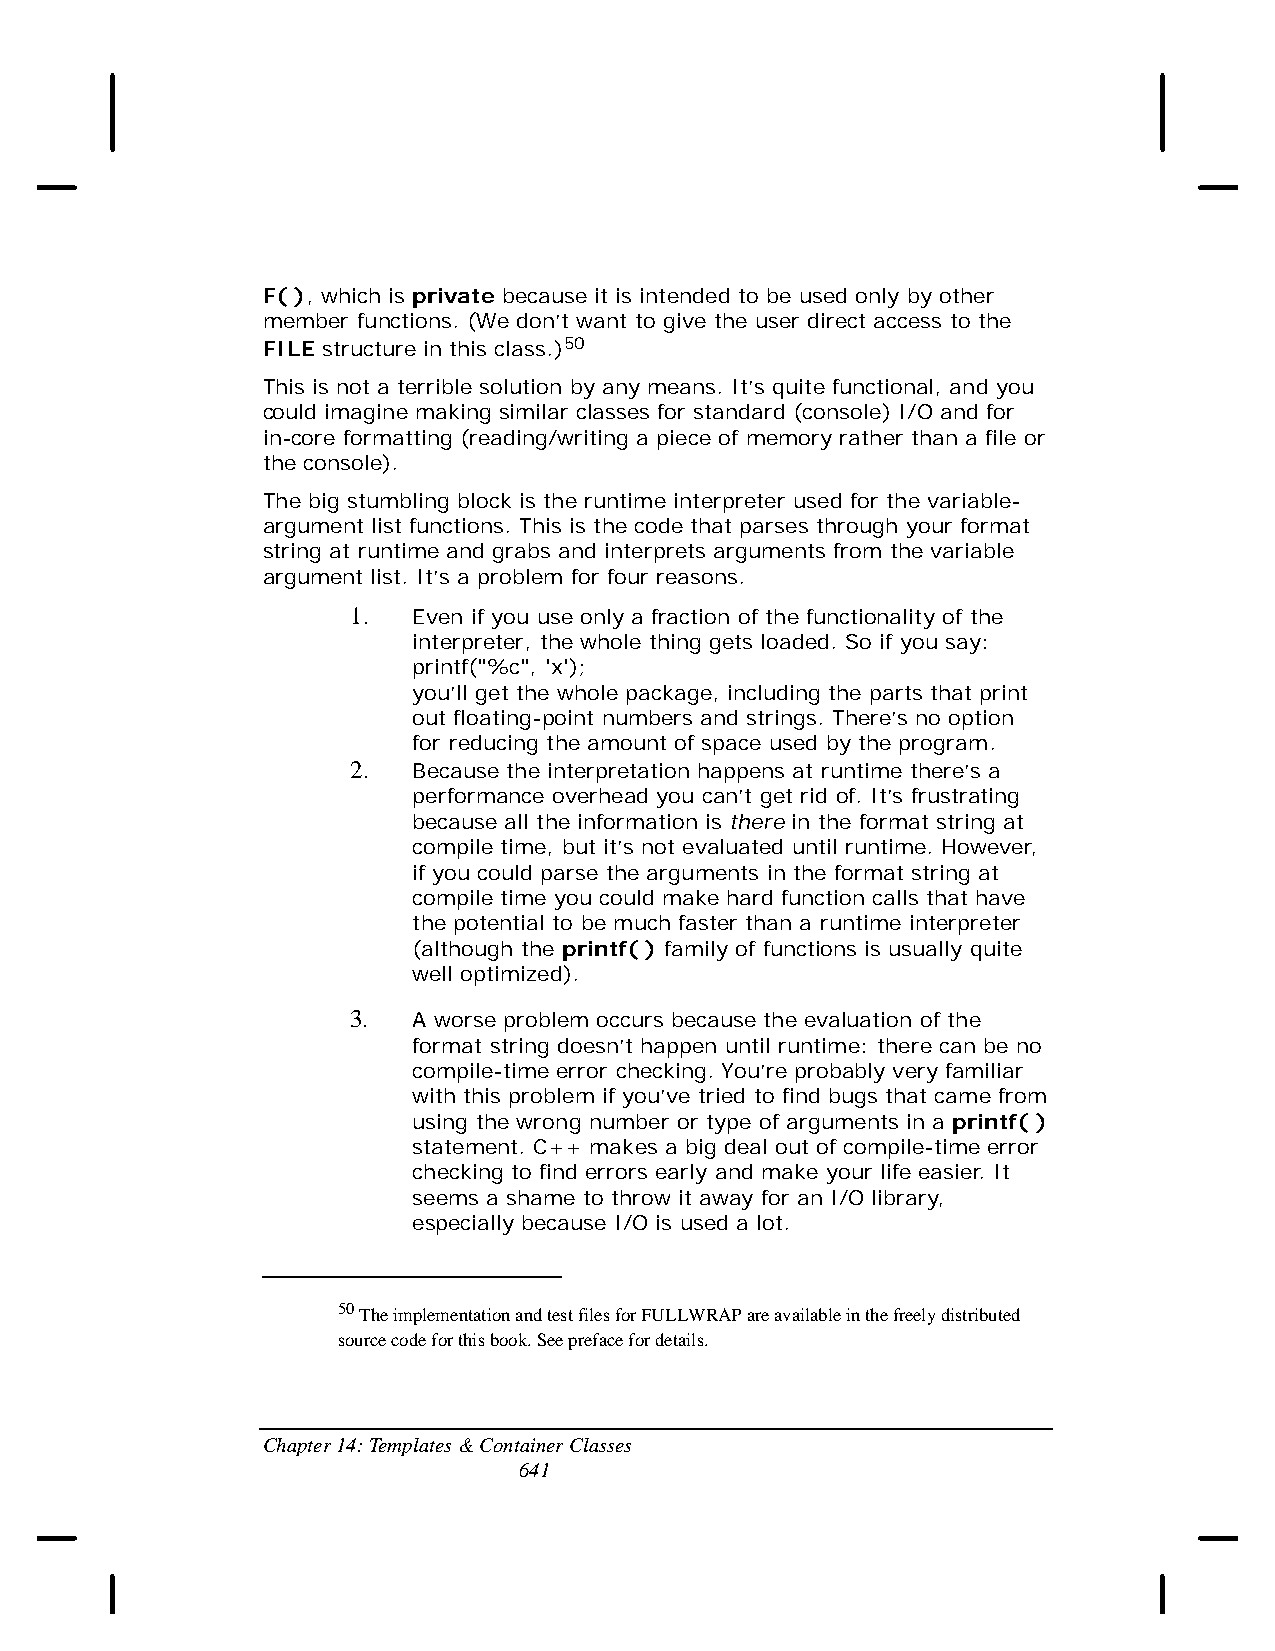
F( ), which is private because it is intended to be used only by other
 member functions. (We don’t want to give the user direct access to the
 FILE structure in this class.)50
 This is not a terrible solution by any means. It’s quite functional, and you
 could imagine making similar classes for standard (console) I/O and for
 in-core formatting (reading/writing a piece of memory rather than a file or
 the console).
 The big stumbling block is the runtime interpreter used for the variable-
 argument list functions. This is the code that parses through your format
 string at runtime and grabs and interprets arguments from the variable
 argument list. It’s a problem for four reasons.
 1.  Even if you use only a fraction of the functionality of the
 interpreter, the whole thing gets loaded. So if you say:
 printf("%c", 'x');
 you’ll get the whole package, including the parts that print
 out floating-point numbers and strings. There’s no option
 for reducing the amount of space used by the program.
 2.  Because the interpretation happens at runtime there’s a
 performance overhead you can’t get rid of. It’s frustrating
 because all the information is there in the format string at
 compile time, but it’s not evaluated until runtime. However,
 if you could parse the arguments in the format string at
 compile time you could make hard function calls that have
 the potential to be much faster than a runtime interpreter
 (although the printf( ) family of functions is usually quite
 well optimized).
 3.  A worse problem occurs because the evaluation of the
 format string doesn’t happen until runtime: there can be no
 compile-time error checking. You’re probably very familiar
 with this problem if you’ve tried to find bugs that came from
 using the wrong number or type of arguments in a printf( )
 statement. C++ makes a big deal out of compile-time error
 checking to find errors early and make your life easier. It
 seems a shame to throw it away for an I/O library,
 especially because I/O is used a lot.
 50 The implementation and test files for FULLWRAP are available in the freely distributed
 source code for this book. See preface for details.
 Chapter 14: Templates & Container Classes
 641